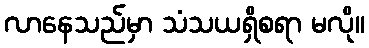
လာနေသည်မှာ သံသယရှိစရာ မလို။